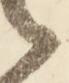
候